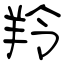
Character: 羚